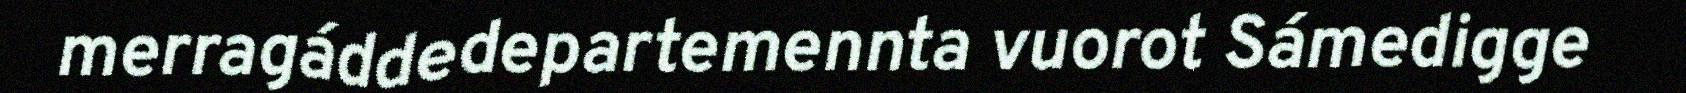
merragáddedepartemennta vuorot Sámedigge